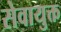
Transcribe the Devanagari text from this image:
सेवायुक्त